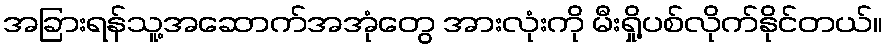
အခြားရန်သူ့အဆောက်အအုံတွေ အားလုံးကို မီးရှို့ပစ်လိုက်နိုင်တယ်။